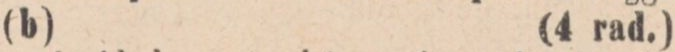
(b)    (4 rad.)